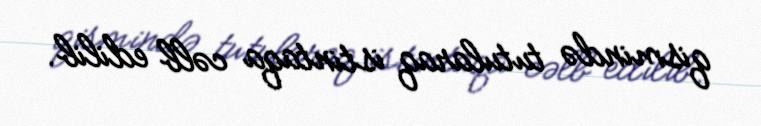
qismində tutularaq istintaqa cəlb edilib.